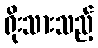
ရိုးသားသည့်